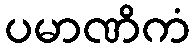
ပမာဏိကံ